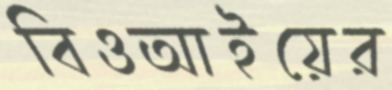
বিওআইয়ের